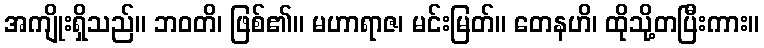
အကျိုးရှိသည်။ ဘဝတိ၊ ဖြစ်၏။ မဟာရာဇ၊ မင်းမြတ်။ တေနဟိ၊ ထိုသို့တပြီးကား။